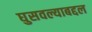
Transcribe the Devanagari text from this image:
घुसवल्याबद्दल